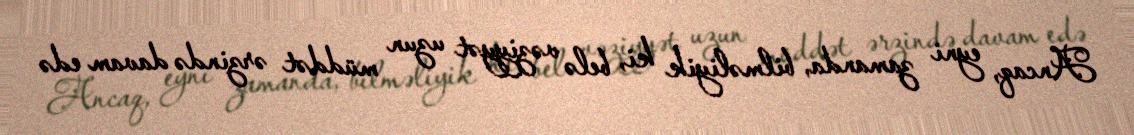
Ancaq, eyni zamanda, bilməliyik ki, belə vəziyyət uzun müddət ərzində davam edə